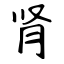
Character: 肾